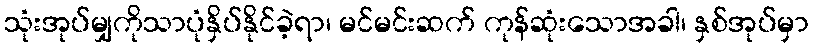
သုံးအုပ်မျှကိုသာပုံနှိပ်နိုင်ခဲ့ရာ၊ မင်မင်းဆက် ကုန်ဆုံးသောအခါ၊ နှစ်အုပ်မှာ